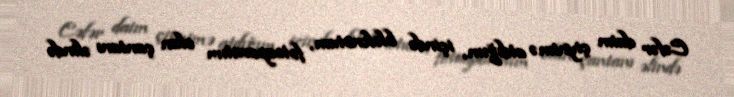
Cəfər daim çiynimə atdığım, içində bloknotum, fotoaparatım olan çantanı əlində